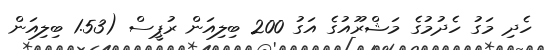
ހެދި މަގު ހެދުމުގެ މަޝްރޫއުގެ އަގު 200 ބިލިއަން ރުޕީސް (1.53 ބިލިއަން